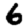
Digit: 6